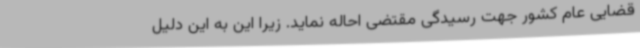
قضایی عام کشور جهت رسیدگی مقتضی احاله نماید. زیرا این به این دلیل